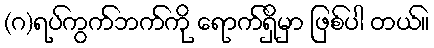
(ဂ)ရပ်ကွက်ဘက်ကို ရောက်ရှိမှာ ဖြစ်ပါ တယ်။